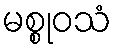
မစ္စုဝသံ